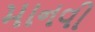
માનવી